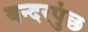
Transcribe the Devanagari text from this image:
बन्दरपुंछ